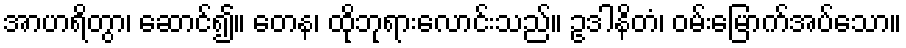
အာဟရိတွာ၊ ဆောင်၍။ တေန၊ ထိုဘုရားလောင်းသည်။ ဥဒါနိတံ၊ ဝမ်းမြောက်အပ်သော။